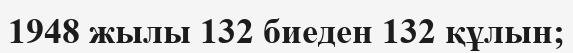
1948 жылы 132 биеден 132 құлын;